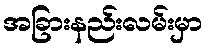
အခြားနည်းလမ်းမှာ